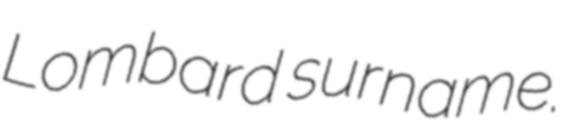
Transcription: Lombard surname.